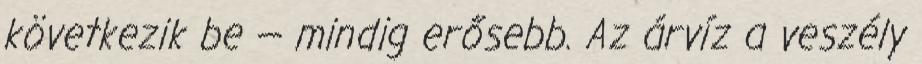
következik be — mindig erősebb. Az árvíz a veszély